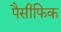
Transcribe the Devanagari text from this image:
पैसीफिक